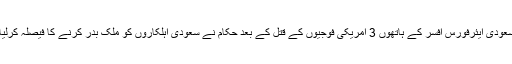
سعودی ایئرفورس افسر کے ہاتھوں 3 امریکی فوجیوں کے قتل کے بعد حکام نے سعودی اہلکاروں کو ملک بدر کرنے کا فیصلہ کرلیا۔